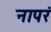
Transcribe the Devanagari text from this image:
नापरं